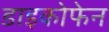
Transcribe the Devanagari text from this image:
डाइकोफेन